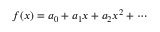
f ( x ) = a _ { 0 } + a _ { 1 } x + a _ { 2 } x ^ { 2 } + \cdots